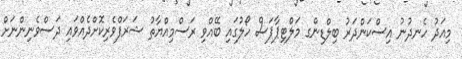
މިއަދު ހެނދުނު އިސްކަންދަރު ބިލްޑިންގ މަލްޓިޕާޕަސް ހޯލުގައި ބޭއްވި ރަސްމިއްޔާތު ޝަރަފްވެރިކޮށްދެއްވައި ދަސްވެނިންނަށް